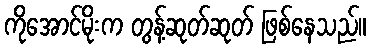
ကိုအောင်မိုးက တွန့်ဆုတ်ဆုတ် ဖြစ်နေသည်။